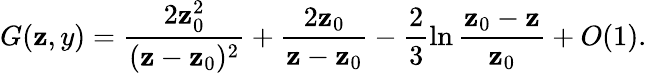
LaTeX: G(\mathbf{z},y)=\frac{{2\mathbf{z}_{0}^{2}}}{{(\mathbf{z}-\mathbf{z}_{0})^{2}}}+\frac{{2\mathbf{z}_{0}}}{{\mathbf{z}-\mathbf{z}_{0}}}-\frac{{2}}{{3}}\ln\frac{{\mathbf{z}_{0}-\mathbf{z}}}{{\mathbf{z}_{0}}}+O(1).